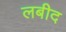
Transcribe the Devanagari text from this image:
लबीद